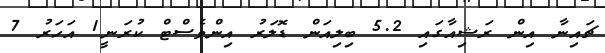
ޗައިނާ އިން ރަޝިއާގައި 5.2 ބިލިއަން ޑޮލަރު އިންވެސްޓް ކުރަނީ1 އަހަރު 7